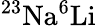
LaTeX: ^{23}\mathrm{{Na}^{6}\mathrm{{Li}}}